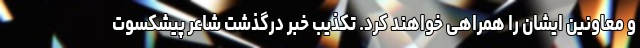
و معاونین ایشان را همراهی خواهند کرد. تکذیب خبر درگذشت شاعر پیشکسوت